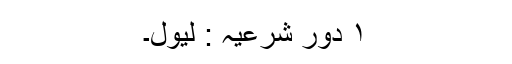
۱ دور شرعیہ : لیول۔